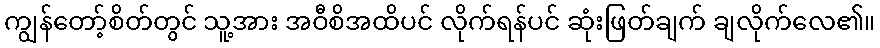
ကျွန်တော့်စိတ်တွင် သူ့အား အဝီစိအထိပင် လိုက်ရန်ပင် ဆုံးဖြတ်ချက် ချလိုက်လေ၏။